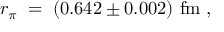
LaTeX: r _ { \pi } \; = \; ( 0 . 6 4 2 \pm 0 . 0 0 2 ) \ \mathrm { f m } \; ,